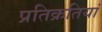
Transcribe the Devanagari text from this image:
प्रतिक्रतियां